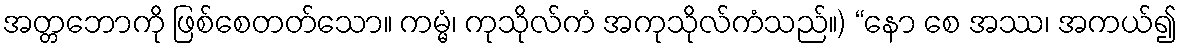
အတ္တဘောကို ဖြစ်စေတတ်သော။ ကမ္မံ၊ ကုသိုလ်ကံ အကုသိုလ်ကံသည်။) “နော စေ အဿ၊ အကယ်၍